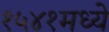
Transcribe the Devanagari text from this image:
१५४१मध्ये